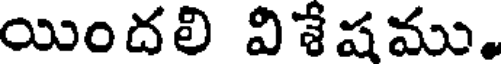
యిందలి విశేషము.